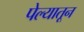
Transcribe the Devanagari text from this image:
पेल्यातून